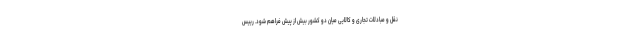
نقل و مبادلات تجاری و کالایی میان دو کشور بیش از پیش فراهم شود. رییس